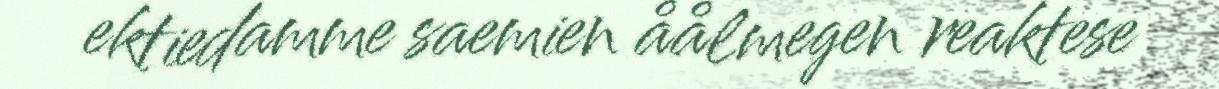
ektiedamme saemien åålmegen reaktese